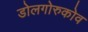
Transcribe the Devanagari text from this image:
डोलगोरुकोव